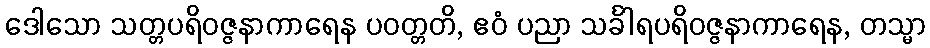
ဒေါသော သတ္တပရိဝဇ္ဇနာကာရေန ပဝတ္တတိ, ဧဝံ ပညာ သင်္ခါရပရိဝဇ္ဇနာကာရေန, တသ္မာ